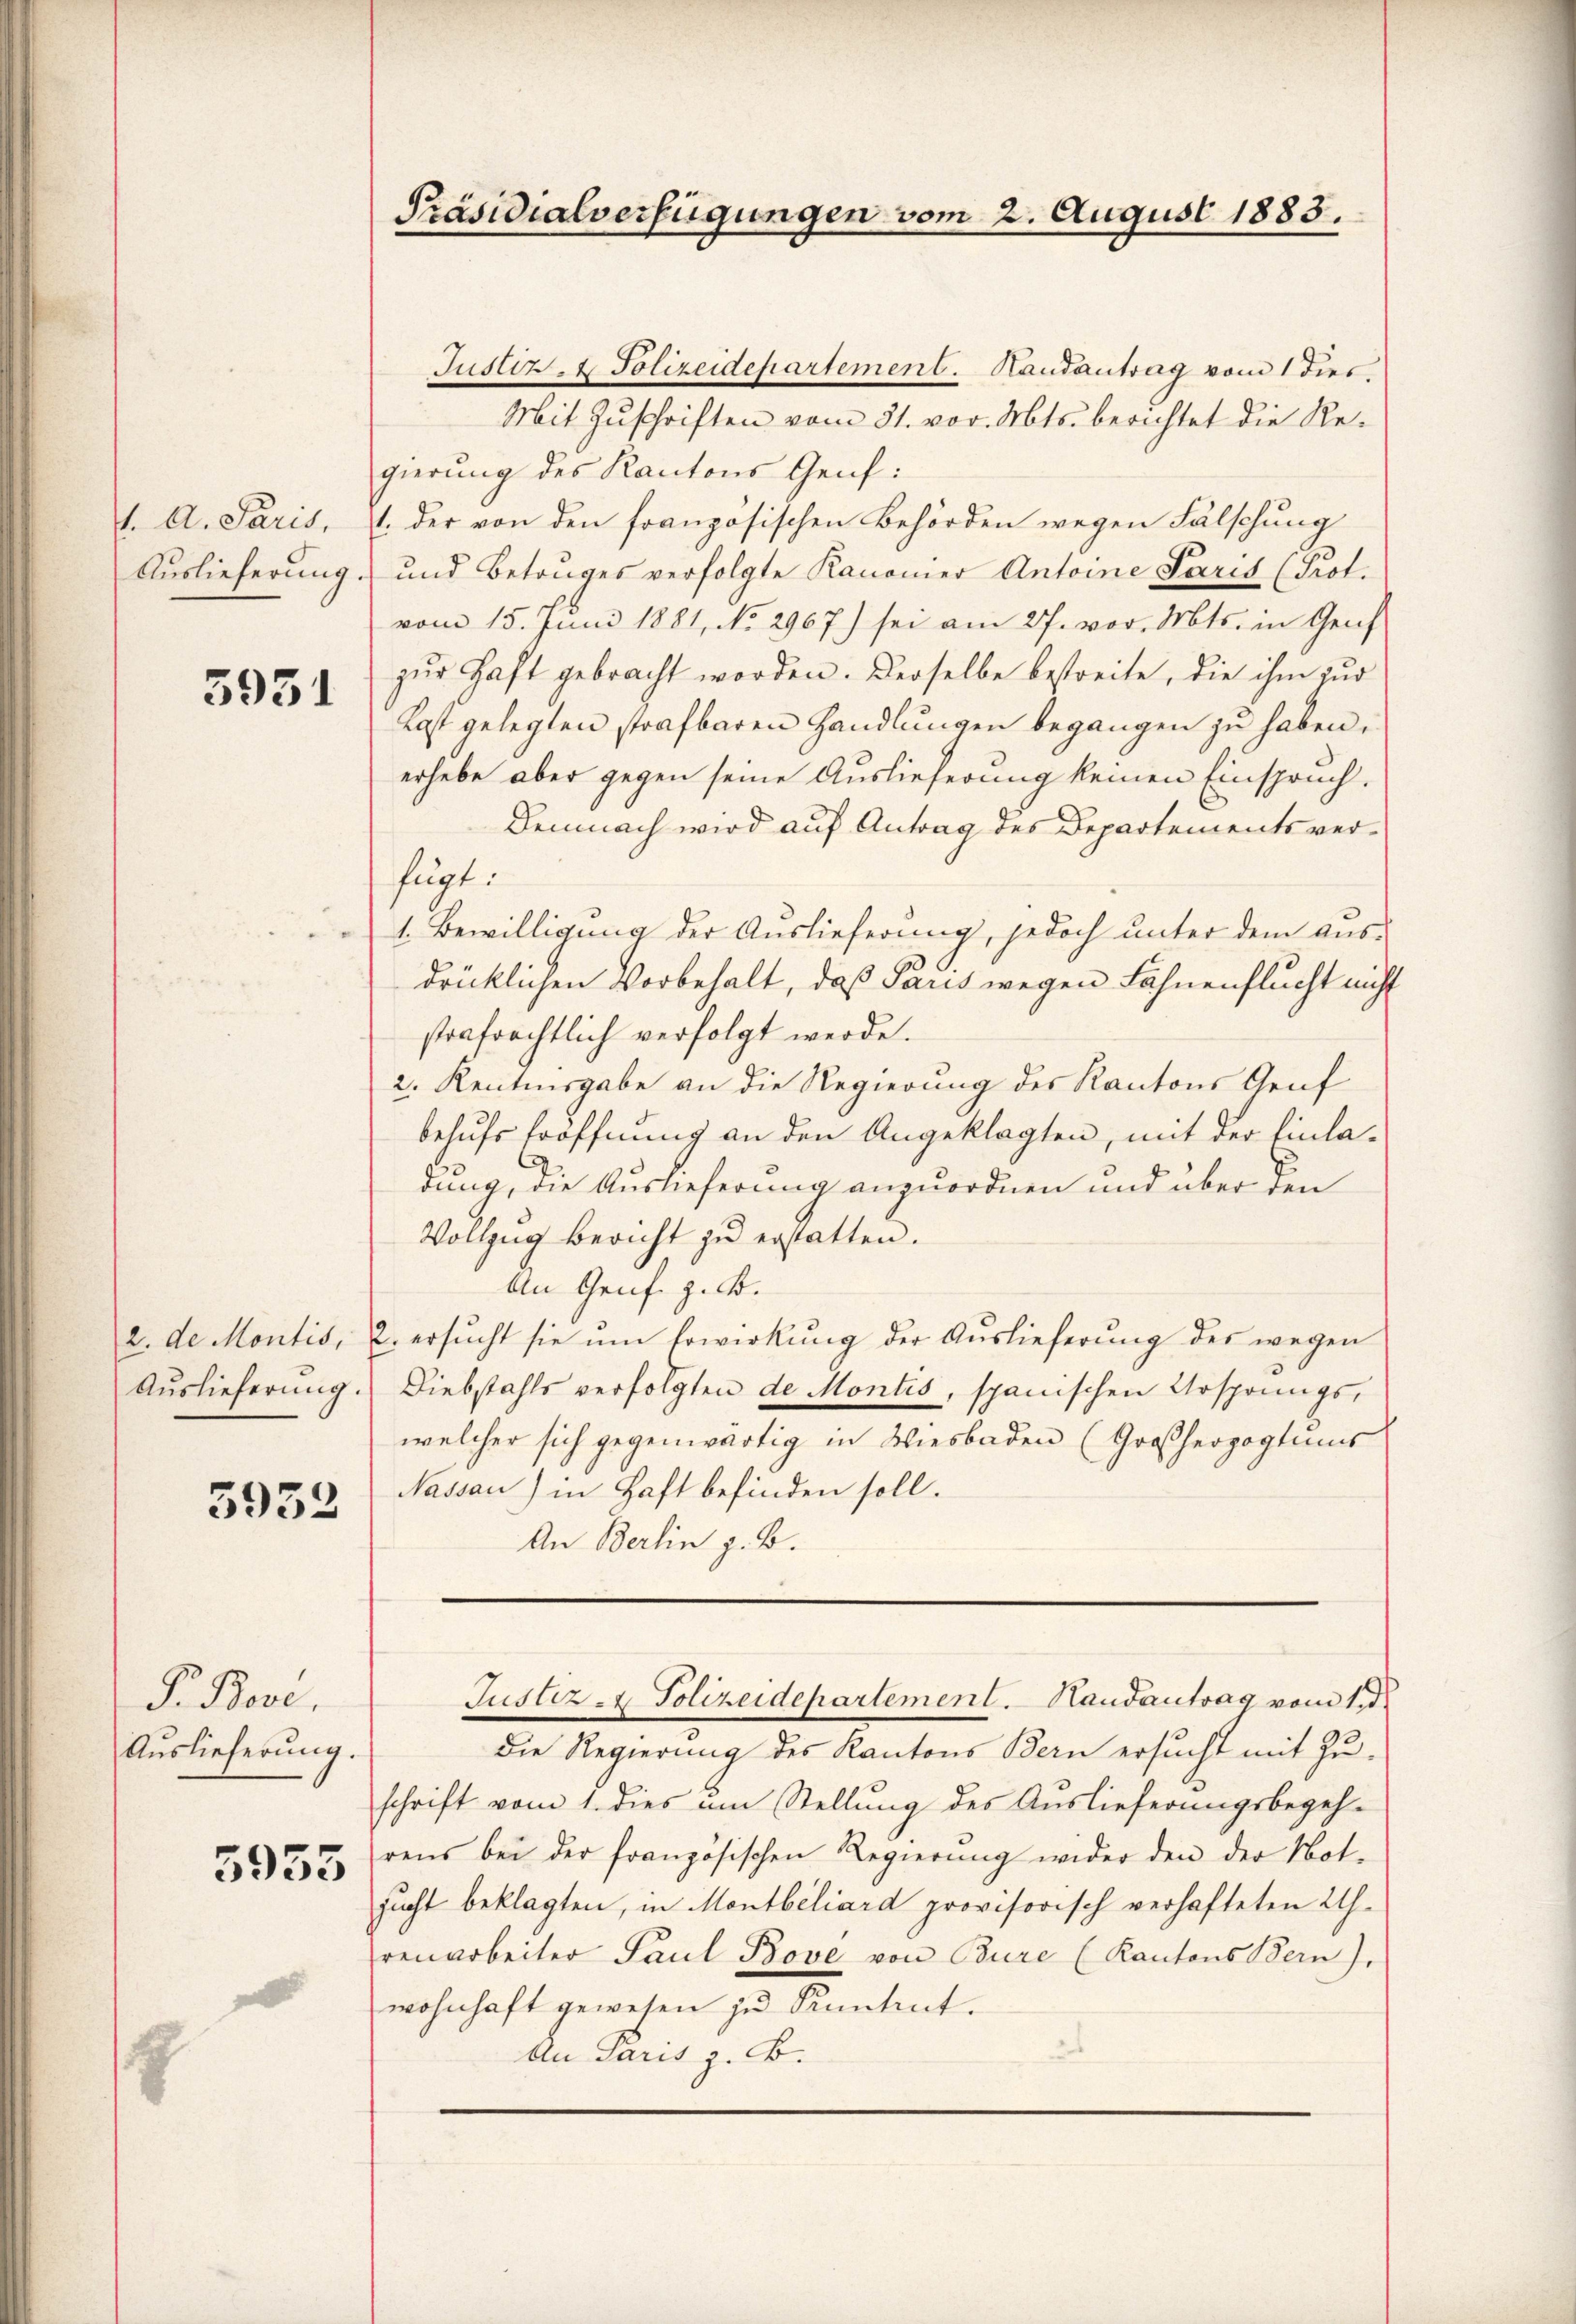
5951

3952

F. Bove,
Auslieferung.

3955

Justiz- & Polizeidepartement. Handantrag vom 1 dies
Mit Zuschriften vom 31. vor. Mts. berichtet die Regierung des Kantons Genf:
1. A. Paris, 4. der von den französischen Behörden wegen Fälschung
Auslieferung und Betruges verfolgte Kanonier Antoine Paris (Prot.
vom 15. Juni 1881, No 2967) sei am 27. vor. Mts. in Genf
zŭr Haft gebracht worden. Derselbe bestreite, die ihm zur
Last gelegten strafbaren Handlungen begangen zu haben.
erhebe aber gegen seine Auslieferung keinen Einspruch.
Demnach wird auf Antrag des Departements verfügt.
1. Bewilligung der Auslieferung, jedoch unter dem ausdrücklichen Vorbehalt, daß Paris wegen Fähnenflucht nicht
strafrechtlich verfolgt werde.
2. Kenntnisgabe an die Regierung des Kantons Gruf
behufs Eröffnung an den Angeklagten, mit der Einladung, die Auslieferung anzuordnen und über den
Vollzug bericht zu erstatten.
An Genf z. B.
2. de Montis, 2. ersucht sie um Erwirkung der Auslieferung des wegen
Aŭslieferŭng. Diebstahls verfolgten de Montis, spanischen Ursprungswelcher sich gegenwärtig in Wiesbaden (Großherzogtums
Nassau) in Haft befinden soll.
An Berlin z. B.

Präsidialverfügungen vom 2. August 1883.

Die Regierung des Kantons Bern ersucht mit Zuschrift vom 1. dies um Stellung des Auslieferungsbegeh-
rens bei der französischen Regierung wider den der Not-
sucht beklagten, in Montbiliard provisorisch verhafteten Uh.
renarbeiter Paul Bove von Bure (Kantons Bern).
wohnhaft gewesen zu Kantent.
An Paris z. B.

Justiz- & Polizeidepartement. Handantrag vom 11te